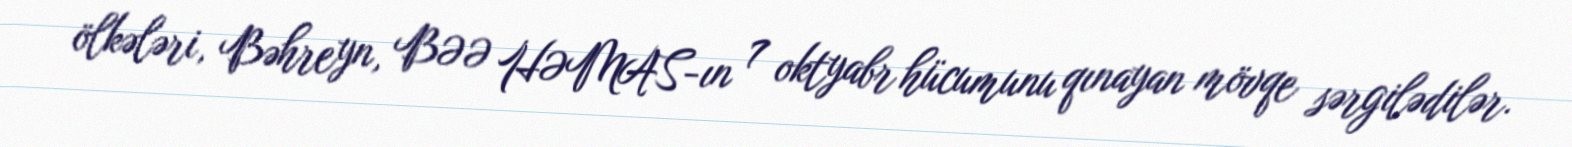
ölkələri, Bəhreyn, BƏƏ HƏMAS-ın 7 oktyabr hücumunu qınayan mövqe sərgilədilər.